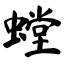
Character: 螳